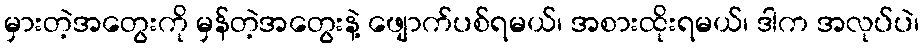
မှားတဲ့အတွေးကို မှန်တဲ့အတွေးနဲ့ ဖျောက်ပစ်ရမယ်၊ အစားထိုးရမယ်၊ ဒါက အလုပ်ပဲ၊